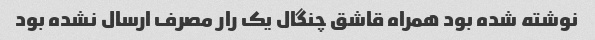
نوشته شده بود همراه قاشق چنگال یک رار مصرف ارسال نشده بود